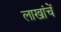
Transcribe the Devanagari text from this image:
लाखांचें